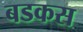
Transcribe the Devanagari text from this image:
बडकस